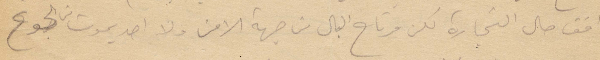
واقف حال التجارة لكن مرتاح البال من جهة الامن ولا احد يموت من الجوع